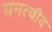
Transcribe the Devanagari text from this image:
घनत्वीय